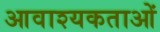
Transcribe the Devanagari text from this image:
आवाश्यकताओं